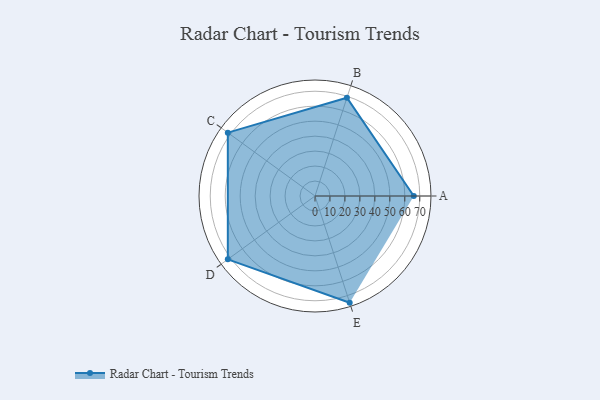
{"axis": {"x": "Skill", "y": "Score"}, "legend": ["Profile"], "data": [{"x": "A", "y": 66.0, "type": "Profile"}, {"x": "B", "y": 69.0, "type": "Profile"}, {"x": "C", "y": 72.0, "type": "Profile"}, {"x": "D", "y": 72.0, "type": "Profile"}, {"x": "E", "y": 75.0, "type": "Profile"}]}